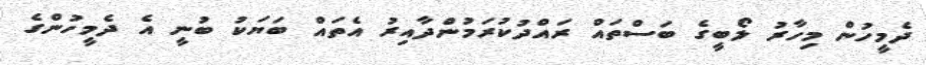
ދެމީހުން މިހާރު ލޯބީގެ ބަސްތައް ރައްދުކުރަމުންދާއިރު އެތައް ބަޔަކު ބުނީ އެ ދެމީހުންގެ